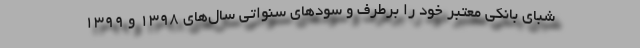
شبای بانکی معتبر خود را برطرف و سودهای سنواتی سال‌های ۱۳۹۸ و ۱۳۹۹